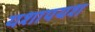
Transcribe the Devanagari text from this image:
यशापयश